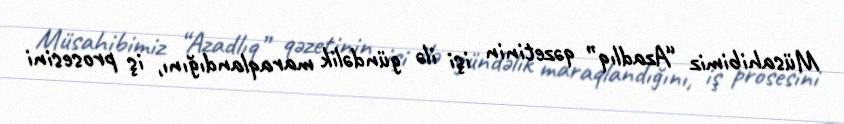
Müsahibimiz “Azadlıq” qəzetinin işi ilə gündəlik maraqlandığını, iş prosesini